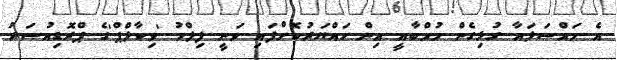
އެ މައްސަލައާ ގުޅިގެން މުމްބާއީ އިން ހައްޔަރުކޮށްފައި ވަނީ ފިލްމު 'ވިކާލްޕް'ގެ ޕްރޮޑިއުސަރު